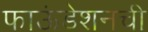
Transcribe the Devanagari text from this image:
फाऊंडेशनची